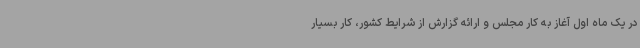
در یک ماه اول آغاز به کار مجلس و ارائه گزارش از شرایط کشور، کار بسیار